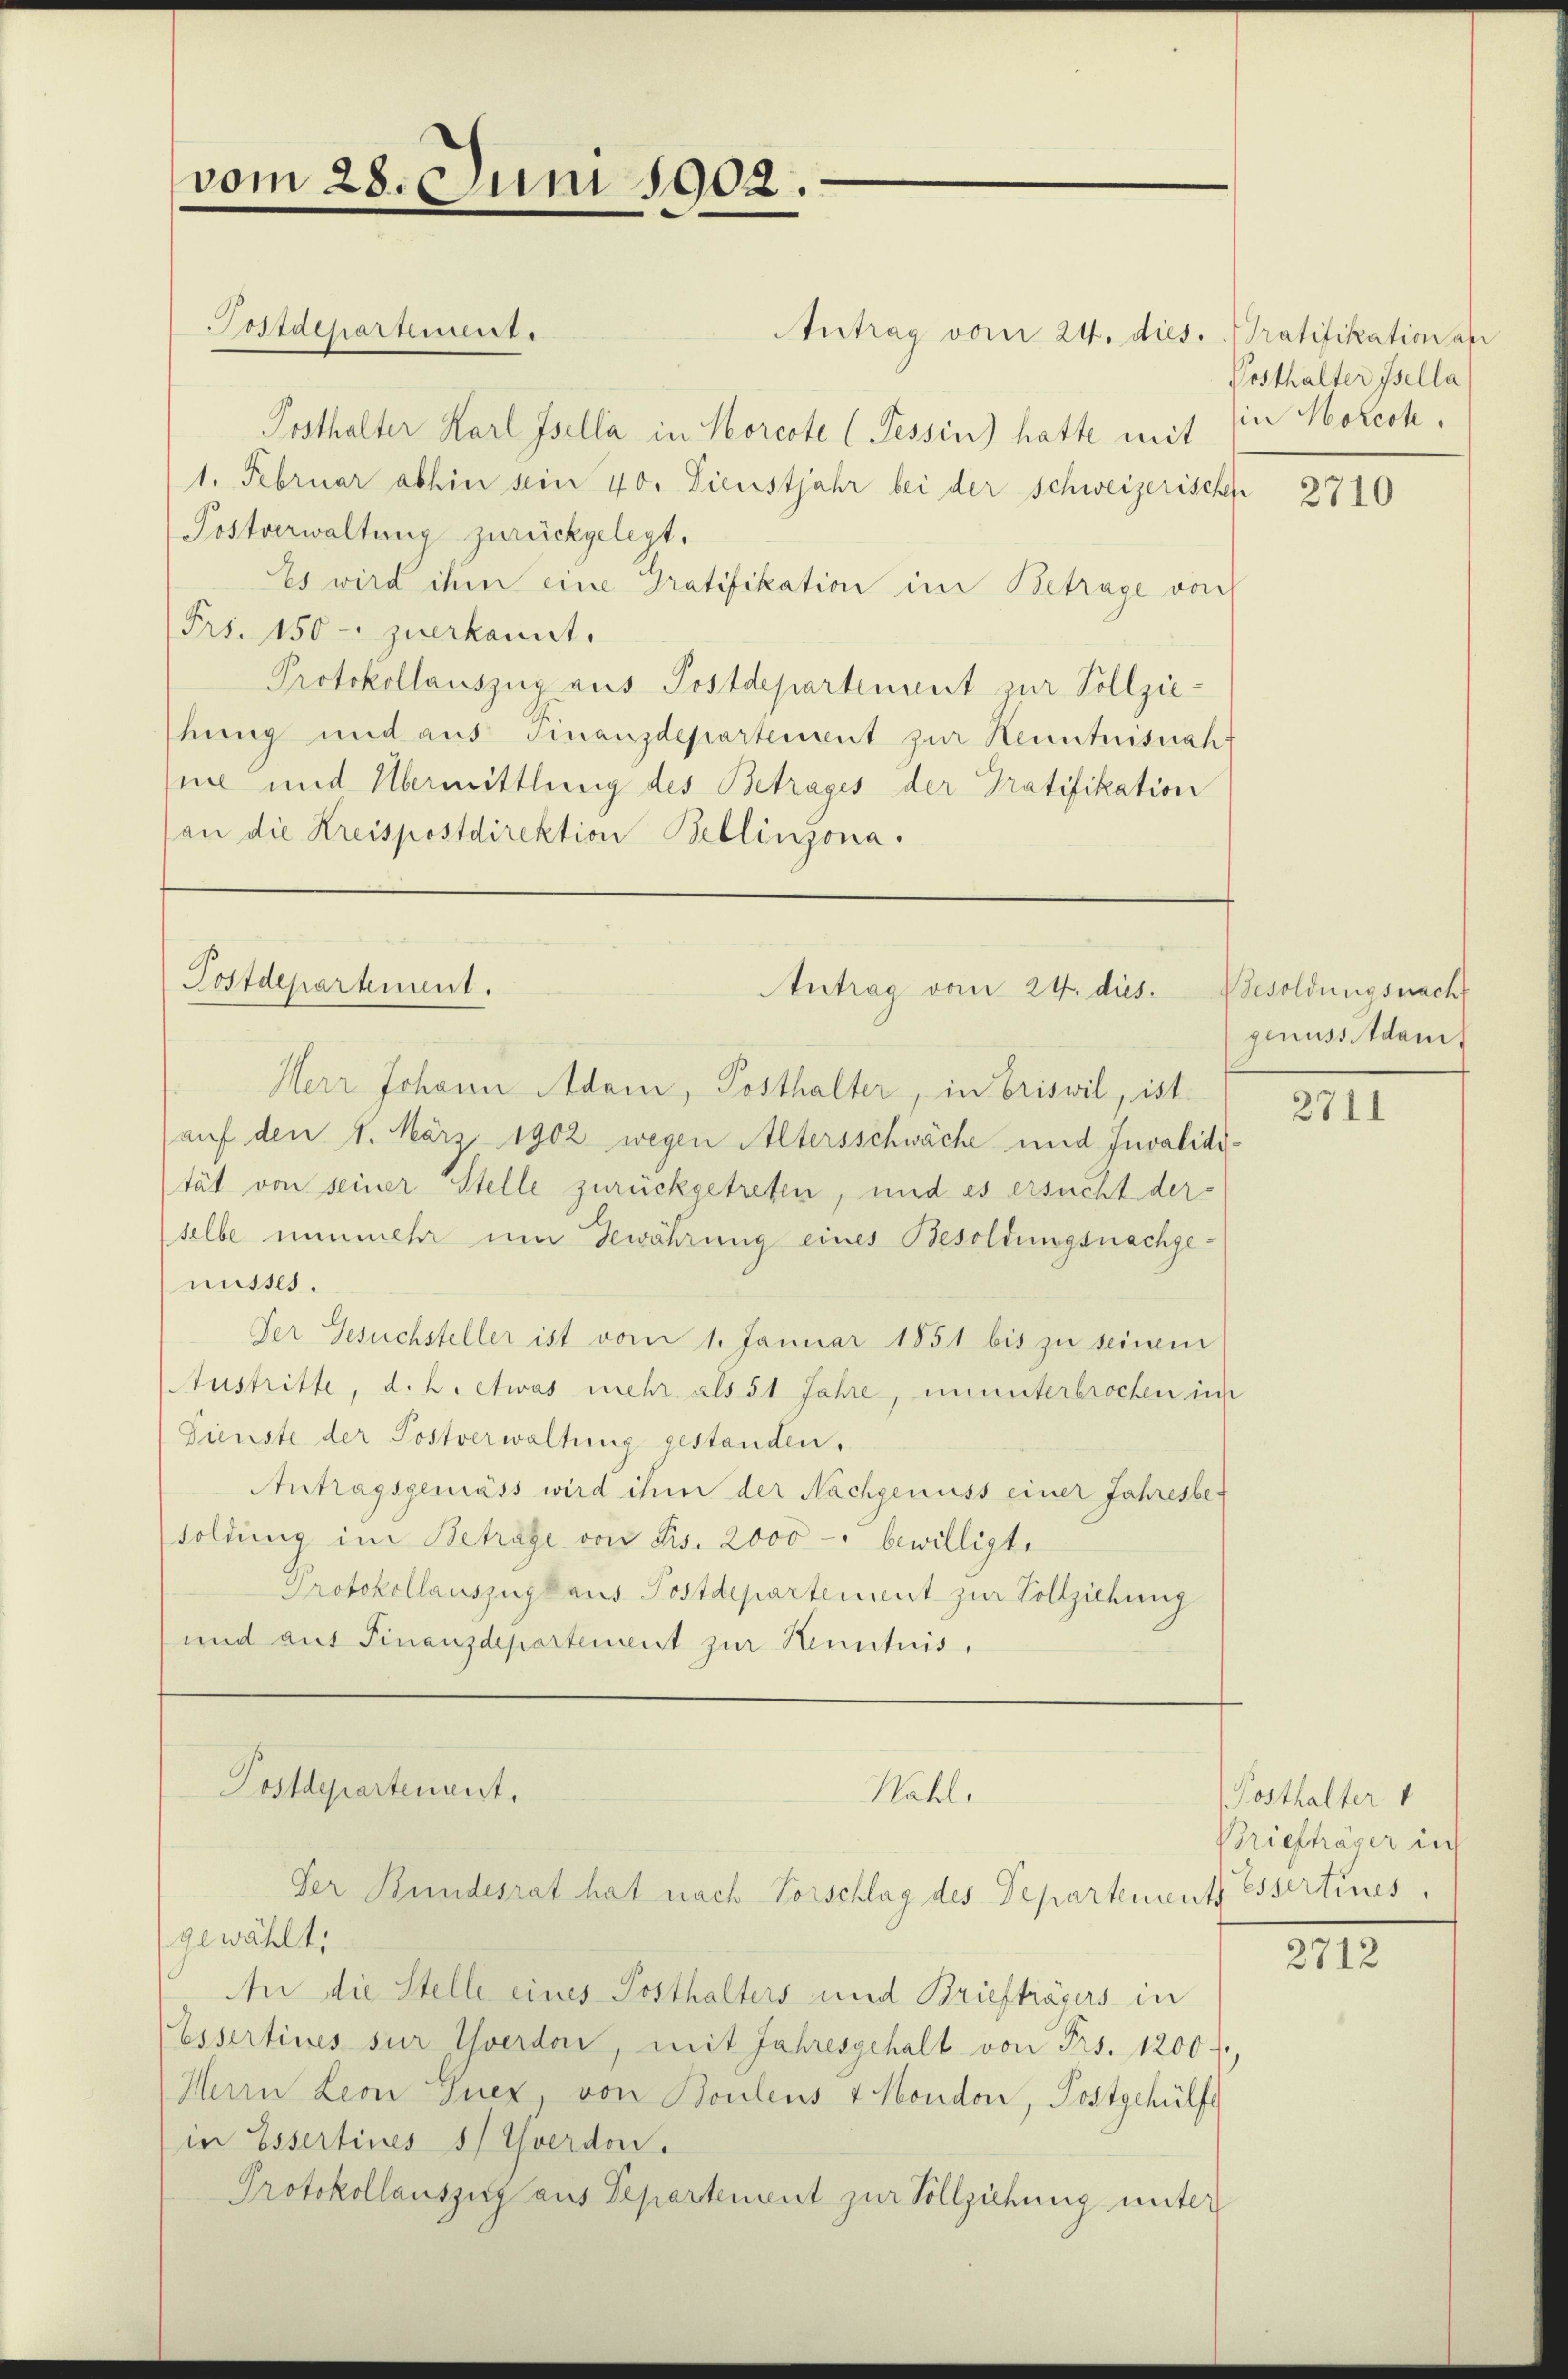
vom 28. Juni 1902.

Posthalter Karl Isella in Korcote (Tessin) hatte mit in Morich,
1. Februar abhin sein 40. Dienstjahr bei der Schweizerische
Postverwaltung zurückgelegt.
Es wird ihm eine Pratifikation im Betrage von
Frs. 150 - zuerkannt.
Protokollauszug aus Postdepartement zur Vollziehung und aus Finanzdepartement zur Henntnisnah
ni und Übermittlung des Betrages der Gratifikation
(an die Kreispostdirektion Bellinzona.

Postdepartement.

Postdepartement.
Antrag vom 24. dies. Besoldungsnach

Antrag vom 24. dies. Gratifikation an

Herr Johann Adam, Posthalter, in Briswil, ist.
auf den 1. März 1902 wegen Altersschwäche und Invalidität von seiner Stelle zurückgetreten, und es ersucht der
selbe nunmehr um Gewährung eines Besoldungsnachgemisses.
Der Gesuchsteller ist vom 1. Januar 1851 bis zu seinem
Austritte, d. h. etwas mehr als 51 Jahre, ununterbrochen i
Dienste der Postverwaltung gestanden.
Antragsgemäss wird ihm der Nachgenuss einer Jahresber
soldung im Betrage von Frs. 2000 - bewilligte
Protokollauszughaus Postdepartement zur Vollziehung
und auf Finanzdepartement zur Kenntnis,

gewählt:
An die Stelle eines Posthalters und Briefträgers in
Essertines sur Yverden, mit Jahresgehalt von Frs. 1200 f.,
Herrn Leon Tuex, von Boulens 4 Mondon, Postgehülfs
in Essertines s Yverdon.
Protokollauszug aus Departement zur Vollziehung unter

Postdepartement.
Nähl.
Ver Bundesrat hat nach Vorschlag des Departement essertines,

Posthalter Isella

2710

genuss damit

2711

Posthalter 1
Briefhäser in

2712